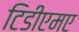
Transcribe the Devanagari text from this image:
टिडीएमए